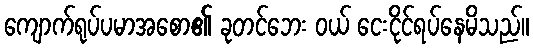
ကျောက်ရုပ်ပမာအစော၏ ခုတင်ဘေး ဝယ် ငေးငိုင်ရပ်နေမိသည်။